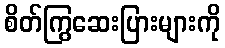
စိတ်ကြွဆေးပြားများကို